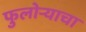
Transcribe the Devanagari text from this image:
फुलोऱ्याचा